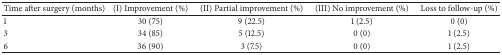
<table><thead><tr><td><b>Time after surgery (months)</b></td><td><b>(I) Improvement (%)</b></td><td><b>(II) Partial improvement (%)</b></td><td><b>(III) No improvement (%)</b></td><td><b>Loss to follow-up (%)</b></td></tr></thead><tbody><tr><td>1</td><td>30 (75)</td><td>9 (22.5)</td><td>1 (2.5)</td><td>0 (0)</td></tr><tr><td>3</td><td>34 (85)</td><td>5 (12.5)</td><td>0 (0)</td><td>1 (2.5)</td></tr><tr><td>6</td><td>36 (90)</td><td>3 (7.5)</td><td>0 (0)</td><td>1 (2.5)</td></tr></tbody></table>